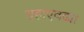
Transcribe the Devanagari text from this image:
ग्रहाएवढ्या